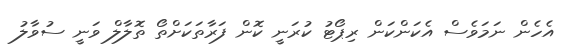
އެހެން ނަމަވެސް އެކަންކަން ރިޕޯޓު ކުރަނީ ކޮން ފަރާތަކަށްތޯ ތޮލާލް ވަނީ ސުވާލު